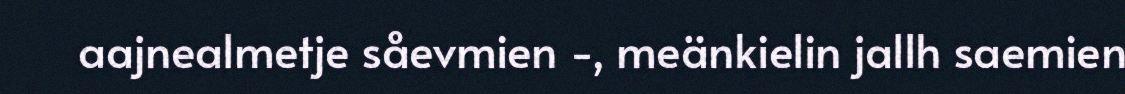
aajnealmetje såevmien -, meänkielin jallh saemien